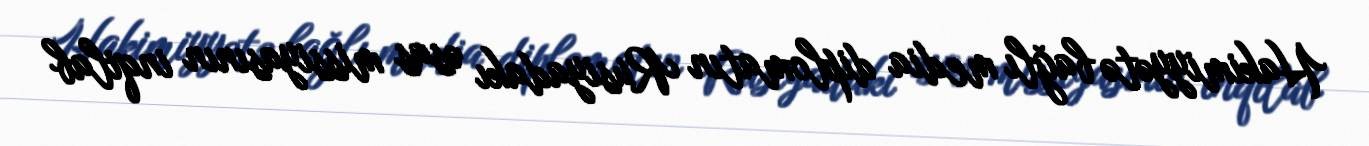
Hakimiyyətə bağlı media diplomatın Rusiyadakı əsas missiyasının inqilab